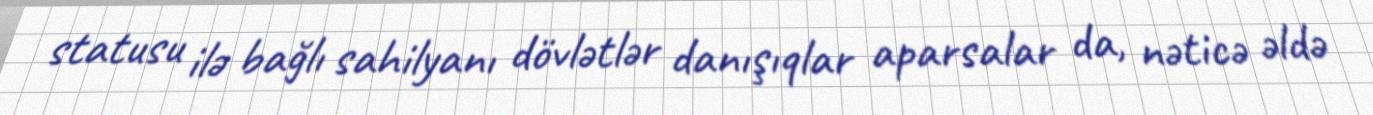
statusu ilə bağlı sahilyanı dövlətlər danışıqlar aparsalar da, nəticə əldə